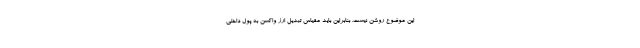
این موضوع روشن نیست. بنابراین باید مقیاس تبدیل ارز واکسن به پول داخلی